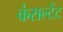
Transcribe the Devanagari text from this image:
कंसल्‍टेंट